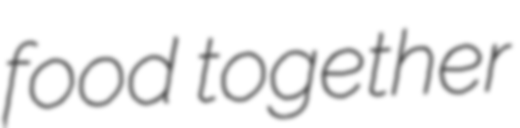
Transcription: food together